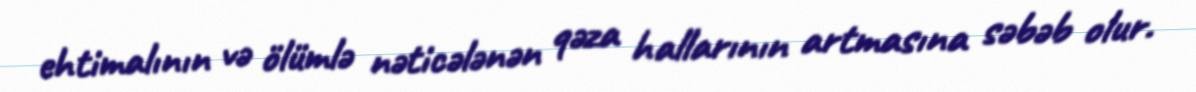
ehtimalının və ölümlə nəticələnən qəza hallarının artmasına səbəb olur.